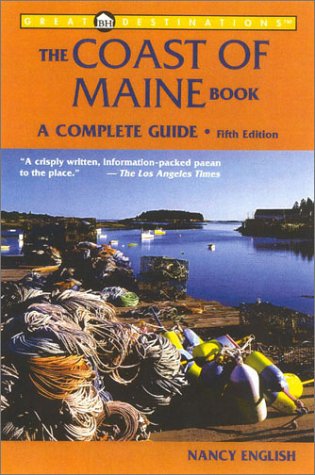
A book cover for The Coast of Maine Book: A Complete Guide, Fifth Edition (A Great Destinations Guide); Nancy English; Travel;